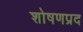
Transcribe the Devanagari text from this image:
शोषणप्रद